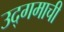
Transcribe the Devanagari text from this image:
उद्‌गमाची